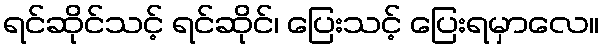
ရင်ဆိုင်သင့် ရင်ဆိုင်၊ ပြေးသင့် ပြေးရမှာလေ။